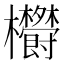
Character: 𣡮